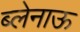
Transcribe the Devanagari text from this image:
ब्लेनाऊ